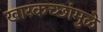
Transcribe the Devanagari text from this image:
खारकच्छांमुळे